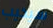
سيخيب